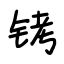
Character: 铐